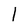
Character: l